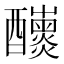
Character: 𨤁